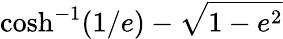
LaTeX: \cosh^{-1}(1/e)-{\sqrt{1-e^{2}}}